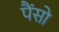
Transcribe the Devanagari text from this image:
पैंसो